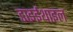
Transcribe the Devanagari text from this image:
डाइईथाइल